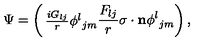
\Psi = \left( \begin{matrix} { { \frac { i G _ { l j } } { r } } { \phi ^ { l } } _ { j m } } \\ { { \frac { F _ { l j } } { r } } { { \mathrm { \boldmath \sigma } } \cdot { \bf n } } { \phi ^ { l } } _ { j m } } \\ \end{matrix} \right) ,